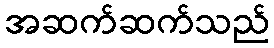
အဆက်ဆက်သည်